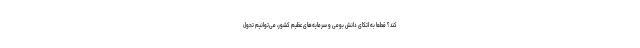
کند؟ قطعاً به اتکای دانش بومی و سرمایه‌های عظیم کشور، می‌توانیم تحول